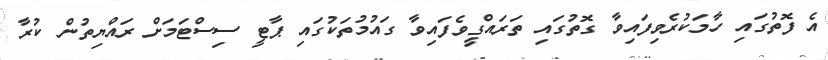
އެ ފޮތުގައި ހާމަކުރެވިފައިވާ ގޮތުގައި ތަރައްގީވެފައިވާ ގައުމުތަކުގައި ޕާޓީ ސިސްޓަމަށް ރައްޔިތުން ކުރާ